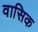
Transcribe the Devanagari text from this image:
वासिक